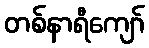
တစ်နာရီကျော်